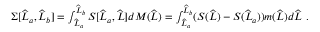
\begin{array} { r } { \Sigma [ \widehat { L } _ { a } , \widehat { L } _ { b } ] = \int _ { \widehat { L } _ { a } } ^ { \widehat { L } _ { b } } S [ \widehat { L } _ { a } , \widehat { L } ] d M ( \widehat { L } ) = \int _ { \widehat { L } _ { a } } ^ { \widehat { L } _ { b } } ( S ( \widehat { L } ) - S ( \widehat { L } _ { a } ) ) m ( \widehat { L } ) d \widehat { L } \ . } \end{array}